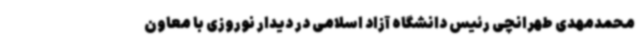
محمدمهدی طهرانچی رئیس دانشگاه آزاد اسلامی در دیدار نوروزی با معاون